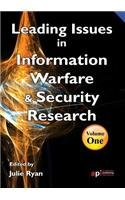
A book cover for Leading Issues in Information Warfare Research; Computers & Technology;